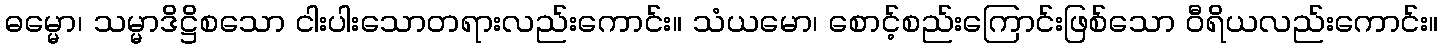
ဓမ္မော၊ သမ္မာဒိဋ္ဌိစသော ငါးပါးသောတရားလည်းကောင်း။ သံယမော၊ စောင့်စည်းကြောင်းဖြစ်သော ဝီရိယလည်းကောင်း။